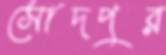
সোদপুর